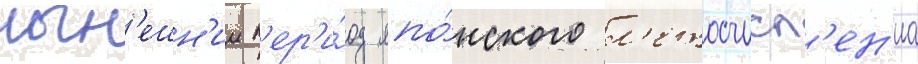
нын'ешн'ии п'ер'и́од япо́нского л'етосчисл'ен'иа